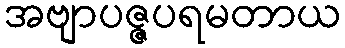
အဗျာပဇ္ဇပရမတာယ